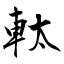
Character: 軚